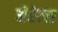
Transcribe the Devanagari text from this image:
मेरेल्स